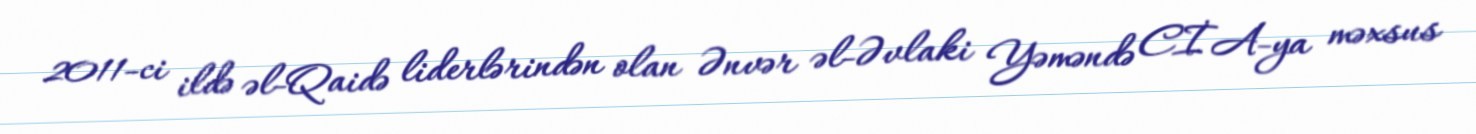
2011-ci ildə əl-Qaidə liderlərindən olan Ənvər əl-Əvlaki Yəməndə CİA-ya məxsus